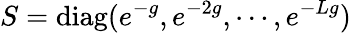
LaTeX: S=\mathrm{diag}(e^{-g},e^{-2g},\cdots,e^{-Lg})